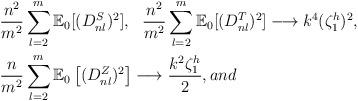
LaTeX: \begin{align*} &\frac{n^2}{m^2}\sum_{l = 2}^m\mathbb{E}_0[(D^S_{nl})^2], \ \ \frac{n^2}{m^2} \sum_{l =2}^m\mathbb{E}_0[(D^T_{nl})^2] \longrightarrow k^4 (\zeta_1^h)^2, \\&\frac{n}{ m^2} \sum_{l = 2}^m \mathbb{E}_0\left[(D^Z_{nl})^2\right] \longrightarrow \frac{k^2 \zeta^h_1}{2},and\end{align*}